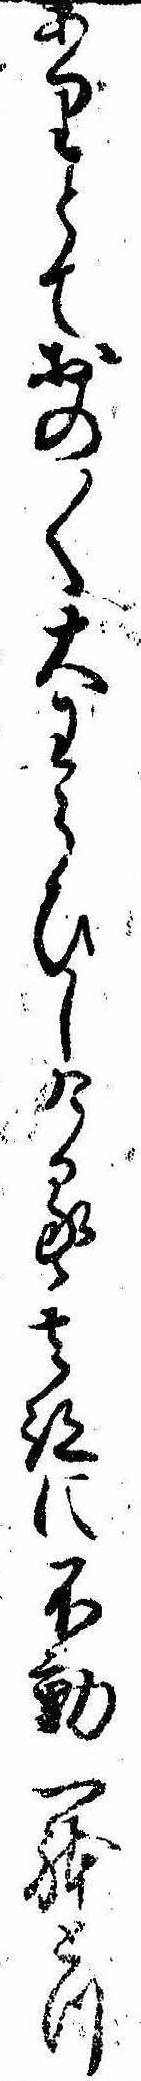
ありとておの〱大わらひしける其跡に不動一体とつ